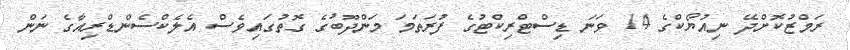
ރަމްޒުކޮށްދޭ ނިއުޔޯކްގެ 14 ވަނަ ޑިސްޓްރިކްޓުގެ ފުރަތަމަ މަންދޫބުގެ ގޮތުގައިވެސް އެލެކްސެންޑްރިއާގެ ނަން